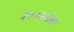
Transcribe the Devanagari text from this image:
२००३नंतर